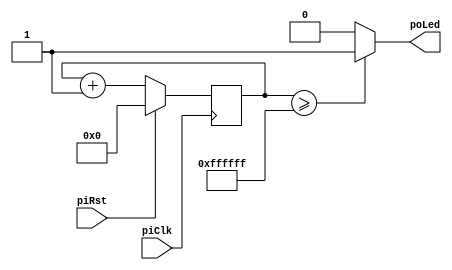
/* LED blinky */

module blinky( 
    // Inputs
    input piClk,
    input piRst,
    //input piEna,
    // Outputs
    output poLed );

    parameter c_bit_counter = 25;
    reg  [c_bit_counter:0] s_counter_reg;
    wire [c_bit_counter:0] s_counter_next;

    // Main counter Reg
    always @ (posedge piClk) begin
        if ( piRst == 1'b1 ) begin
            s_counter_reg <= {c_bit_counter{1'b0}};
        end
        //else if ( piEna == 1'b1 ) begin
        else begin
            s_counter_reg <= s_counter_next;
        end
    end

    // Adder for main counter
    assign s_counter_next = s_counter_reg + 1;

    // Output logic
    assign poLed = (s_counter_reg >= {{1'b0}, {(c_bit_counter-1){1'b1}}} ) ? 1'b1 : 1'b0;

endmodule